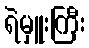
ရဲမှူးကြီး